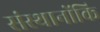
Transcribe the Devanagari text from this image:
संस्थानोंकि